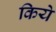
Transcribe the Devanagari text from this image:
किये